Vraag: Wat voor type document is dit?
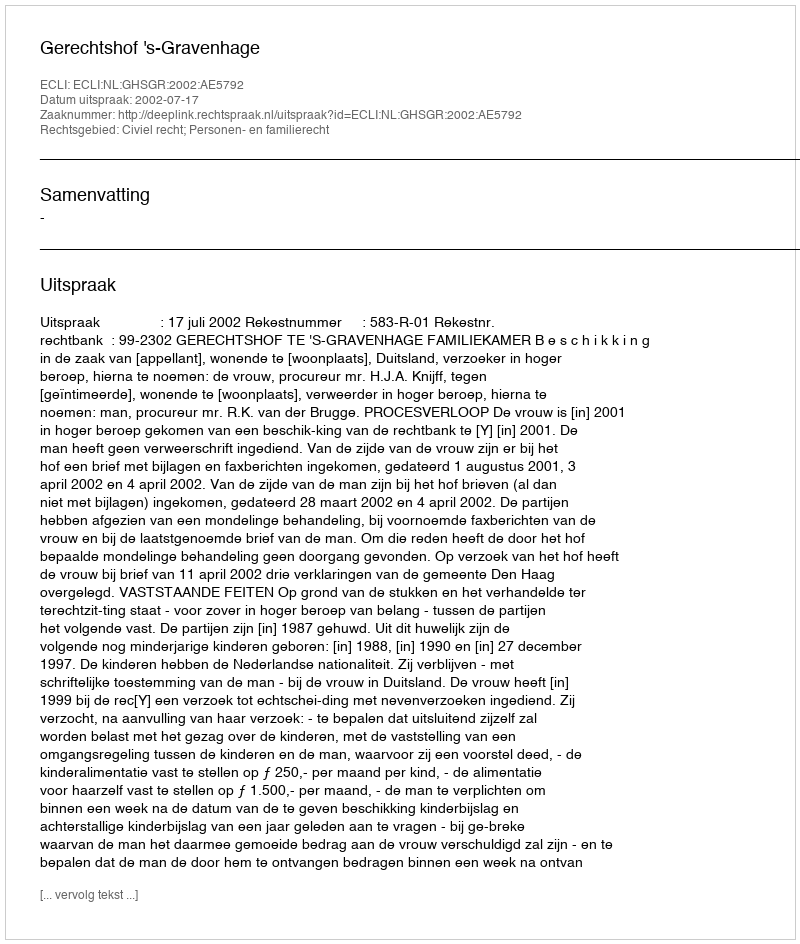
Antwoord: Uitspraak